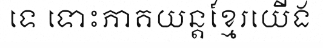
ទេ ទោះភាគយន្តខ្មែរយើង